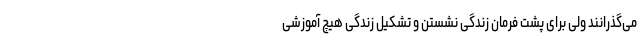
می‌گذرانند ولی برای پشت فرمان زندگی نشستن و تشکیل زندگی هیچ آموزشی